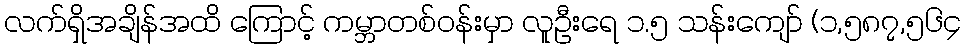
လက်ရှိအချိန်အထိ ကြောင့် ကမ္ဘာတစ်ဝန်းမှာ လူဦးရေ ၁.၅ သန်းကျော် (၁,၅၈၇,၅၆၄